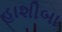
હાશીબા